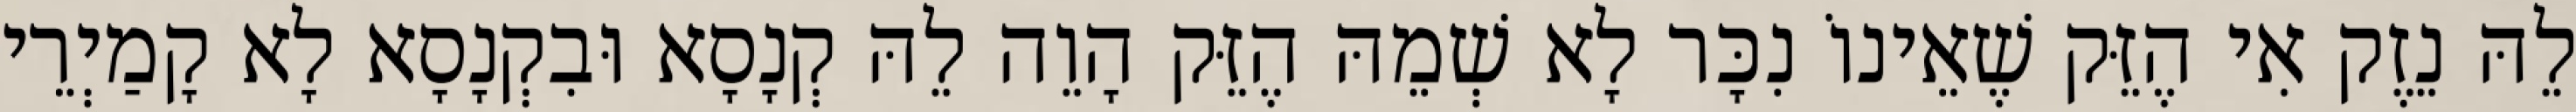
לֵהּ נֵזֶק אִי הֶזֵּק שֶׁאֵינוֹ נִכָּר לָא שְׁמֵהּ הֶזֵּק הָוֵה לֵהּ קְנָסָא וּבִקְנָסָא לָא קָמַיְרֵי